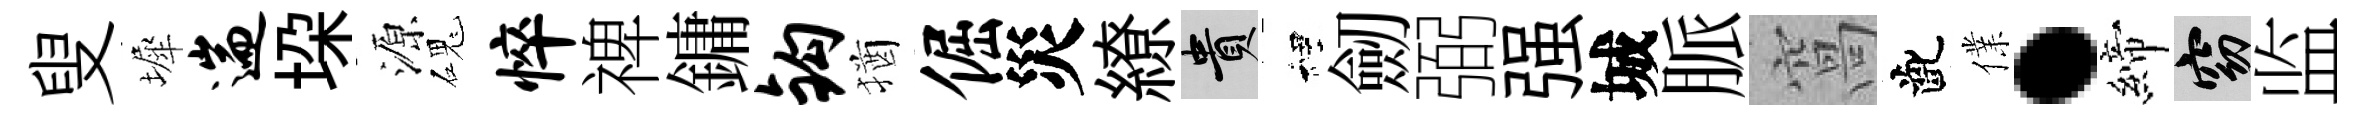
叟墀遄垜源磈悴禆鏞钩猶倔災繚貴裡劒弼强城脈窩齔㒒·締窈监